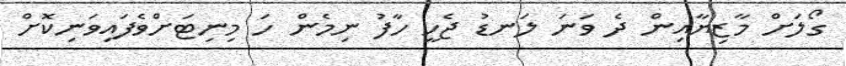
ގޯލަށް މާޒިޔާއިން ދެ ވަނަ ލަނޑު ޖެހީ ހާފު ނިމެން ހަ މިނިޓަށްވެފައިވަނިކޮށް